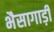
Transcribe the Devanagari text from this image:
भैसागाड़ी